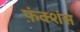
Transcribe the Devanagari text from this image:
फ़ंक्शंस